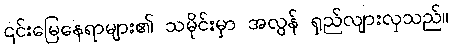
၎င်းမြေနေရာများ၏ သမိုင်းမှာ အလွန် ရှည်လျားလှသည်။